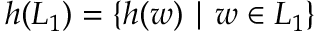
h ( L _ { 1 } ) = \{ h ( w ) \mid w \in L _ { 1 } \}